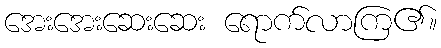
အေးအေးဆေးဆေး ရောက်လာကြ၏။